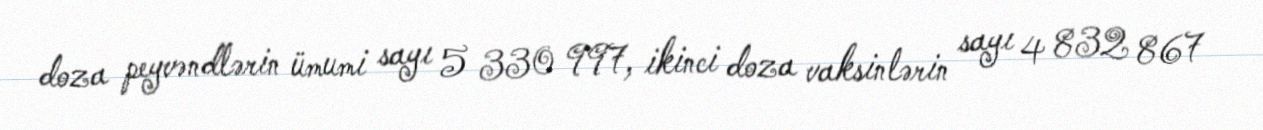
doza peyvəndlərin ümumi sayı 5 330 997, ikinci doza vaksinlərin sayı 4 832 867